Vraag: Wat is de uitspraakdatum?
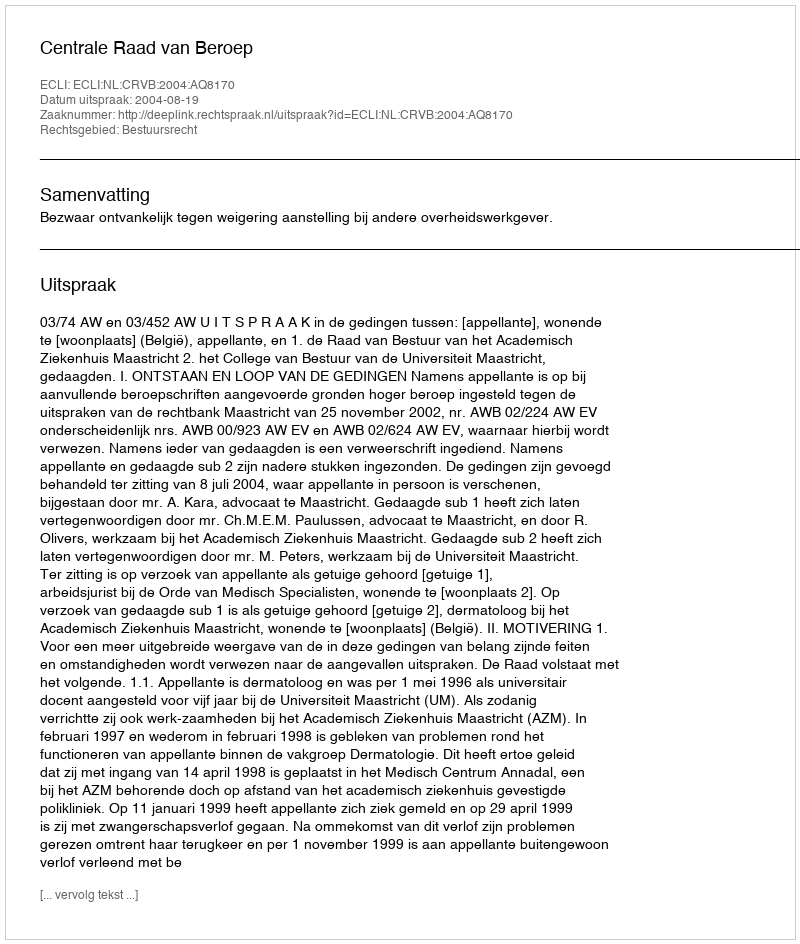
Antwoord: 2004-08-19